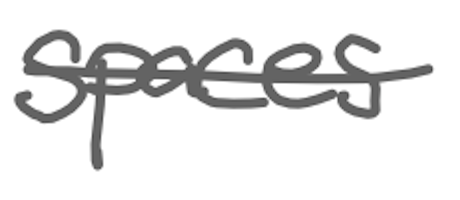
Text: spaces
Cross-out: single-line
Writing tool: digital_gray